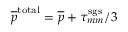
\overline { { p } } ^ { \mathrm { t o t a l } } = \overline { { p } } + \tau _ { m m } ^ { \mathrm { s g s } } / 3